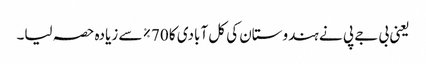
یعنی بی جے پی نے ہندوستان کی کل آبادی کا 70٪ سے زیادہ حصہ لیا۔